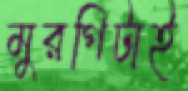
মুরগিটাই